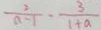
\frac { 2 } { a - 1 } - \frac { 3 } { 1 + a }